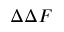
\Delta \Delta F